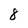
Character: 8